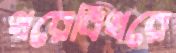
থরেবিথরে